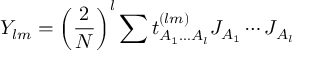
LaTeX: Y _ { l m } = \left( \frac { 2 } { N } \right) ^ { l } \sum t _ { A _ { 1 } \ldots A _ { l } } ^ { ( l m ) } J _ { A _ { 1 } } \cdots J _ { A _ { l } }